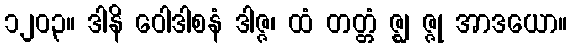
၁၂၀၃။ ဒါနိ ဝေါဒါစနံ ဒါဇ္ဇ၊ ထံ တတ္တံ ဇ္ဈ ဇ္ဇု အာဒယော။